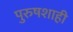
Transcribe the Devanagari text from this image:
पुरुषशाही